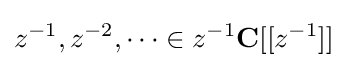
z^{-1},z^{-2},\dots \in z^{-1}\mathbf {C} [[z^{-1}]]